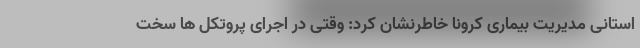
استانی مدیریت بیماری کرونا خاطرنشان کرد: وقتی در اجرای پروتکل ها سخت